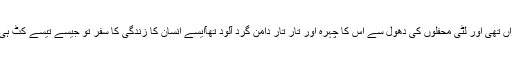
اس وقت وہ ضعیفہ بھی موجود تھی جس کی آنکھوں سے جوئے خوں رواں تھی اور لٹی محفلوں کی دھول سے اس کا چہرہ اور تار تار دامن گرد آلود تھآایسے انسان کا زندگی کا سفر تو جیسے تیسے کٹ ہی جاتا ہے لیکن اس کا جگر روح اور پورا جسم کرچیوں میں بٹ جاتا ہے۔